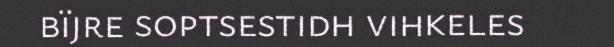
bïjre soptsestidh vihkeles